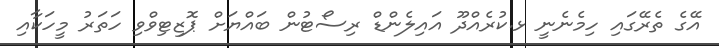
އޭގެ ތެރޭގައި ހިމެނެނީ ޅ.ކުރެއްދޫ އައިލެންޑް ރިސޯޓުން ބައްޔަށް ޕޮޒިޓިވްވި ހަތަރު މީހަކާއި